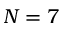
N = 7